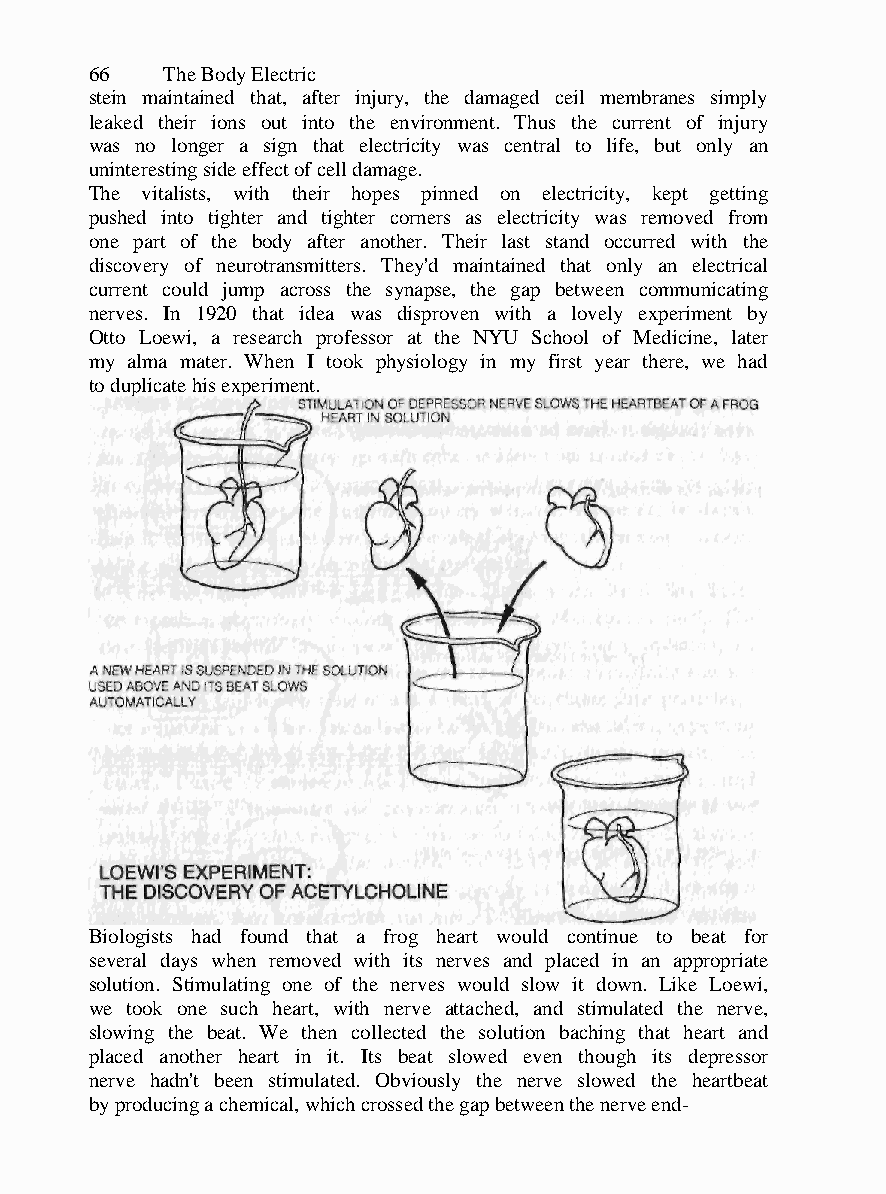
66   The Body Electric
 stein maintained that, after injury, the damaged ceil membranes simply
 leaked their ions out into the environment. Thus the current of injury
 was no longer a sign that electricity was central to life, but only an
 uninteresting side effect of cell damage.
 The vitalists, with their hopes pinned on electricity, kept getting
 pushed into tighter and tighter corners as electricity was removed from
 one part of the body after another. Their last stand occurred with the
 discovery of neurotransmitters. They'd maintained that only an electrical
 current could jump across the synapse, the gap between communicating
 nerves. In 1920 that idea was disproven with a lovely experiment by
 Otto Loewi, a research professor at the NYU School of Medicine, later
 my alma mater. When I took physiology in my first year there, we had
 to duplicate his experiment.
 Biologists had found that a frog heart would continue to beat for
 several days when removed with its nerves and placed in an appropriate
 solution. Stimulating one of the nerves would slow it down. Like Loewi,
 we took one such heart, with nerve attached, and stimulated the nerve,
 slowing the beat. We then collected the solution baching that heart and
 placed another heart in it. Its beat slowed even though its depressor
 nerve hadn't been stimulated. Obviously the nerve slowed the heartbeat
 by producing a chemical, which crossed the gap between the nerve end-